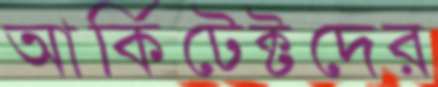
আর্কিটেক্টদের